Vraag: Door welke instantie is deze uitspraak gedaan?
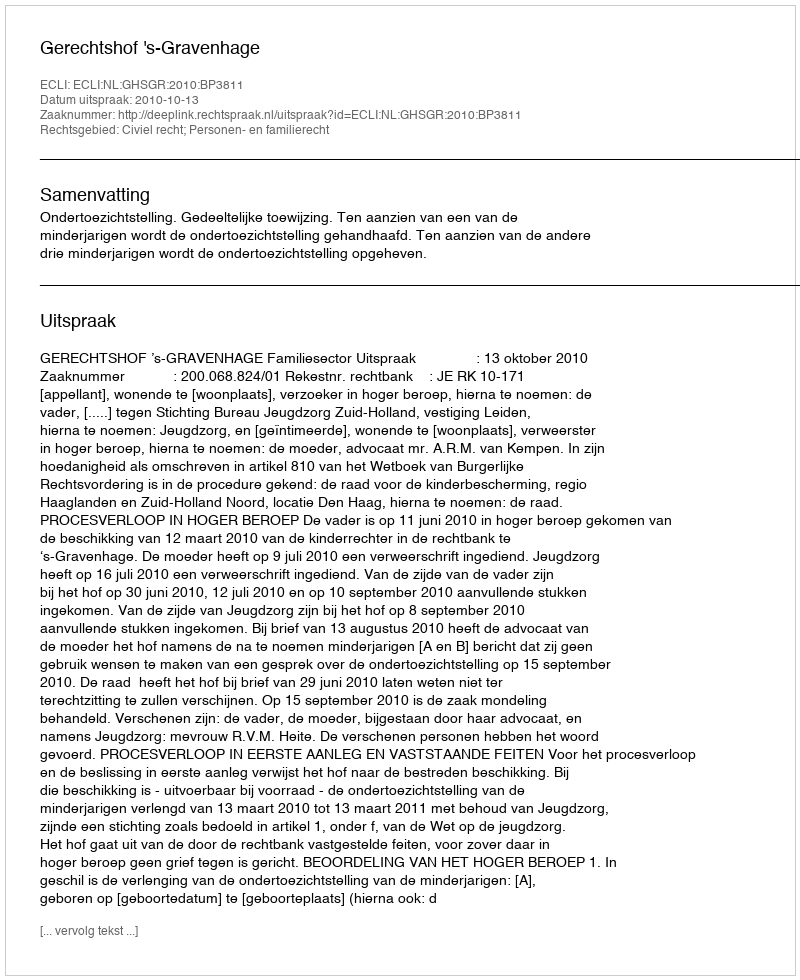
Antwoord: Gerechtshof 's-Gravenhage